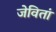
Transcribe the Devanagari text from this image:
जेवितां